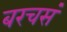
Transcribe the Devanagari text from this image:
बरचसं